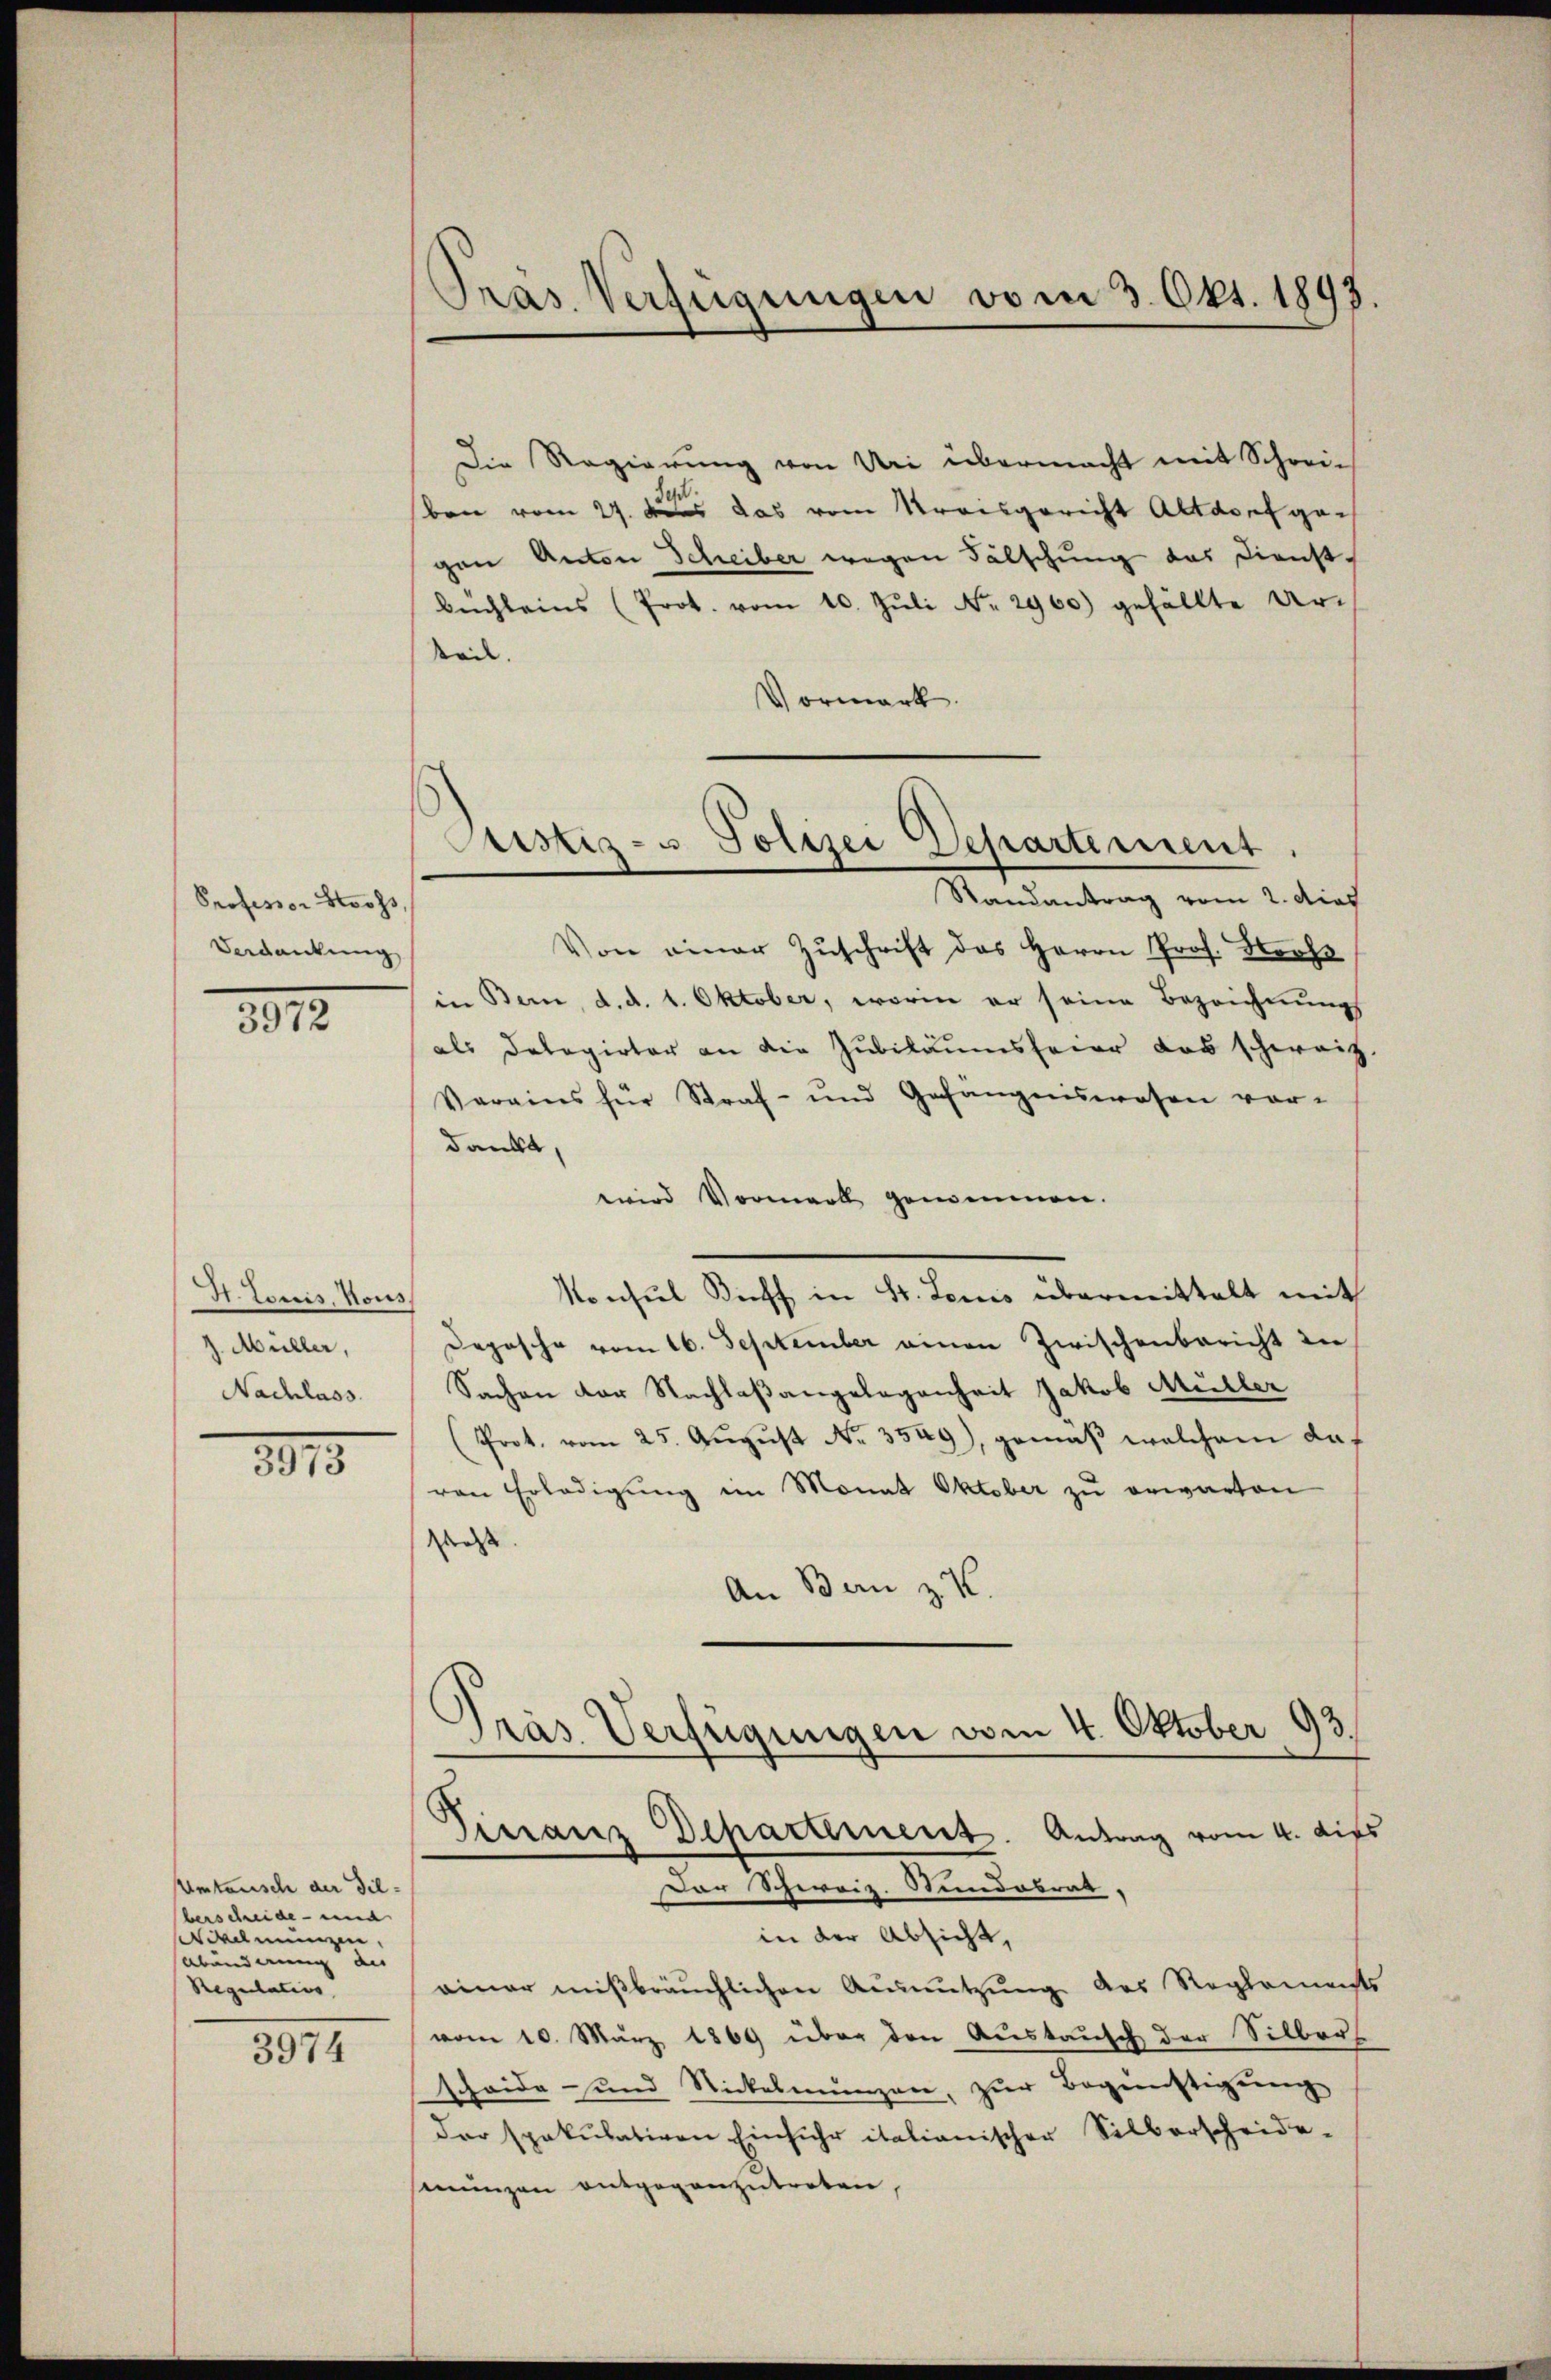
Professor Stooss
Verdankung

3972

H. Louis, Nous
j. Müller,
Nachlass

1915

Umtausch der Tilberscheide- und
Nikelmungen,
Abänderung des
Regulativs

3974

Pras Verfügungen vom 3. Okt. 1893.

Justiz- u Polizei Departement.
Randantrag vom 2. dies

Die Regierung von Uri übermacht mit Schrei-
ben vom 27. Aus das vom Kreisgericht Altdorf gegen Anton Scheiber wegen Fälschung das Dienst-
büchleins (Prot. vom 10. Jŭli Nr. 2960) gefällte Ur-
teil.
Vormark.
Von einer Zŭschrift des Herrn Prof. Bros
in Bern, d. d. 1. Oktober, worin er seine Bezeichnungs
als Delegirter an die Jubiläumsfeier das schweiz.
Varains für Straf- und Gefangenswesen vor-
dankt,
wird Vormerk geneinnen.
Konsul Kieff in St. Louis übermittelt mit
Depesche vom 16. September einen Zwischenbericht di
Sachen der Nachlaßangelegenheit Jakob Müller
(Prot. vom 25. Aŭgŭst No. 3549), gemäβ welchem das
von Erledigung im Monat Oktober zu erwarten
ass. |
An Bern z
Pras Verfügungen vom 4. Oktober 93
Tirranz Departement. Antrag vom 4. dies
Dar Schweiz. Stundabrat
in der Absicht,
einer mißbräuchlichen Ausnutzung des Reglements
vom 10. März 1869 über den Austausch der Silber
scheide- und Stickelmungen, zŭr Begünstigung
der spakŭlativen Einfuhr italianischer Silberscheide-
münzen entgegenzutreten,